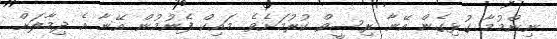
ނިންމުމާ ގުޅިގެން އޭނާ ރިސީވް ކުރުމަށެވެ. މައިކް ފެނުމުން އޭނާ އެ ދިމާލަށް